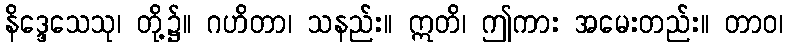
နိဒ္ဒေသေသု၊ တို့၌။ ဂဟိတာ၊ သနည်း။ ဣတိ၊ ဤကား အမေးတည်း။ တာဝ၊